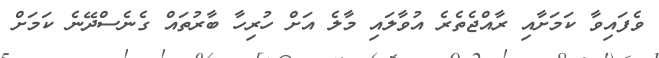
ވެފައިވާ ކަމަށާއި ރާއްޖެތެރެ އުވާލައި މާލެ އަށް ހުރިހާ ބާރުތައް ގެނެސްދޭނެ ކަމަށް